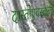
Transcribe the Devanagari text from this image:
दास्तोएवस्ककी